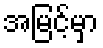
အမြင့်မှာ